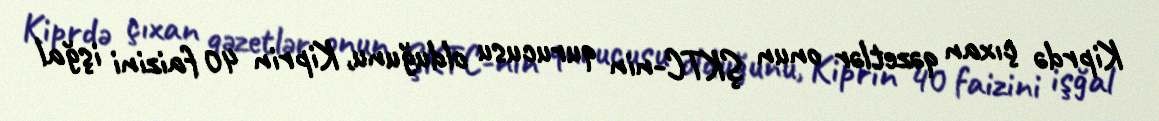
Kiprdə çıxan qəzetlər onun ŞKTC-nin qurucusu olduğunu, Kiprin 40 faizini işğal